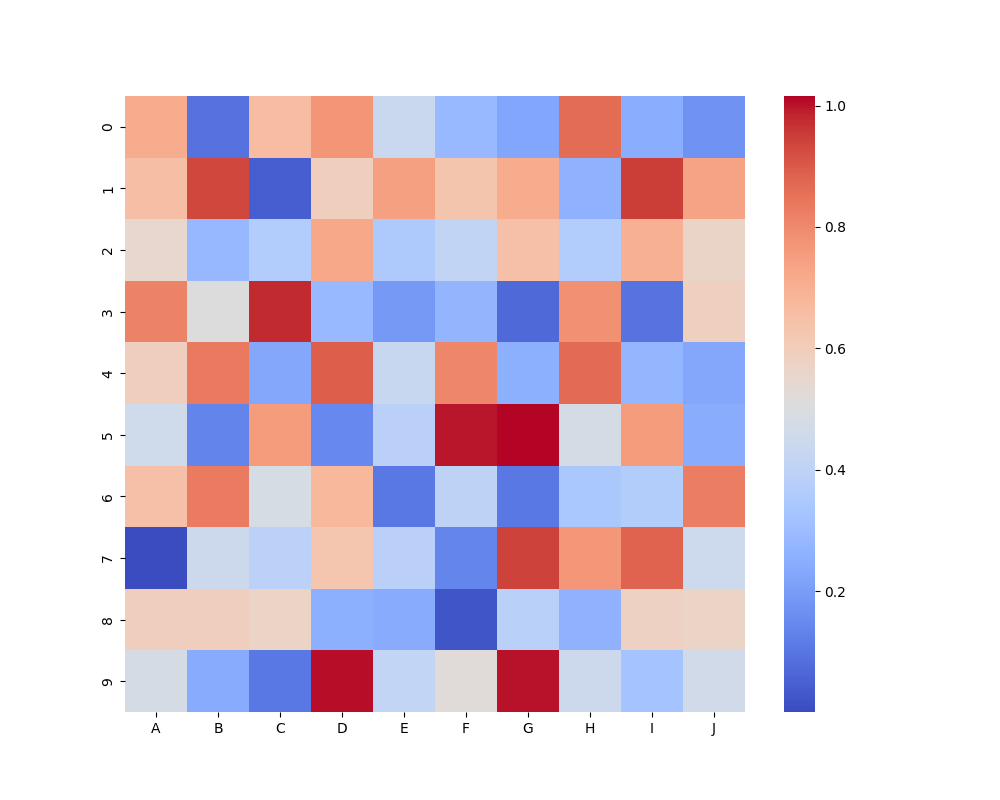
python, seaborn, heatmap, cmap='coolwarm', linewidths=0.0, center=none